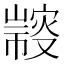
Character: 𢅢